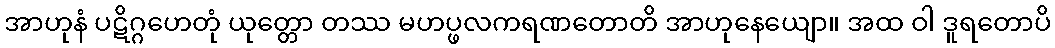
အာဟုနံ ပဋိဂ္ဂဟေတုံ ယုတ္တော တဿ မဟပ္ဖလကရဏတောတိ အာဟုနေယျော။ အထ ဝါ ဒူရတောပိ